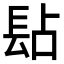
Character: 𨱬